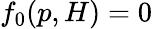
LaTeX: f_{0}(p,H)=0